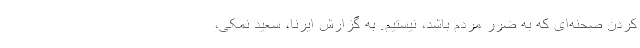
کردن صحنه‌ای که به ضرر مردم باشد، نیستیم. به گزارش ایرنا، سعید نمکی،